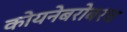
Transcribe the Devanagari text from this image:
कोयनेबरोबरच